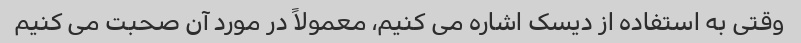
وقتی به استفاده از دیسک اشاره می کنیم، معمولاً در مورد آن صحبت می کنیم